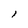
Character: 1